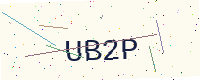
Text: UB2P